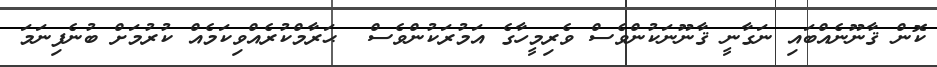
ކޮން ޤާނޫނެއްބައި ނަގާނީ ޤާނޫނަކުންވެސް ވެރިމީހާގެ އަމުރަކުންވެސް  ޙަރާމްކުރެއްވިކަމެއް ކުރުމަށް ބުނެފިނަމަ